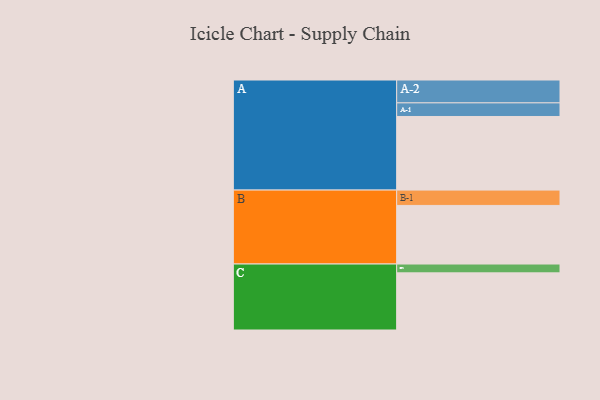
{"axis": {"x": "Segment", "y": "Value"}, "legend": ["", "A", "B", "C"], "data": [{"x": "A", "y": 599, "type": ""}, {"x": "B", "y": 477, "type": ""}, {"x": "C", "y": 465, "type": ""}, {"x": "A-1", "y": 111, "type": "A"}, {"x": "A-2", "y": 186, "type": "A"}, {"x": "B-1", "y": 125, "type": "B"}, {"x": "C-1", "y": 72, "type": "C"}]}